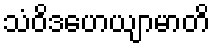
သံဝိဒဟေယျာမာတိ